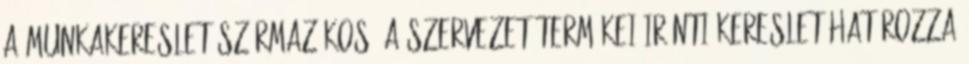
A munkakereslet származékos: a szervezet termékei iránti kereslet határozza